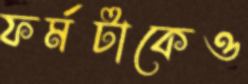
ফর্মটাকেও